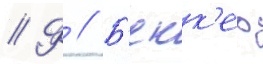
// Ф // Б'екк'ер